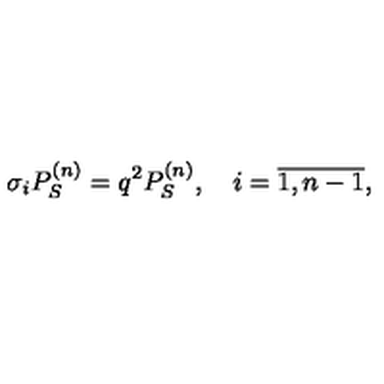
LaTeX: \sigma _ { i } P _ { S } ^ { ( n ) } = q ^ { 2 } P _ { S } ^ { ( n ) } , \quad i = \overline { { 1 , n - 1 } } ,